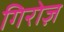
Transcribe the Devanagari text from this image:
गिरोज़